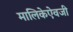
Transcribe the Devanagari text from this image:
मालिकेऐवजी